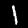
Label: 1